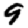
Digit: 9